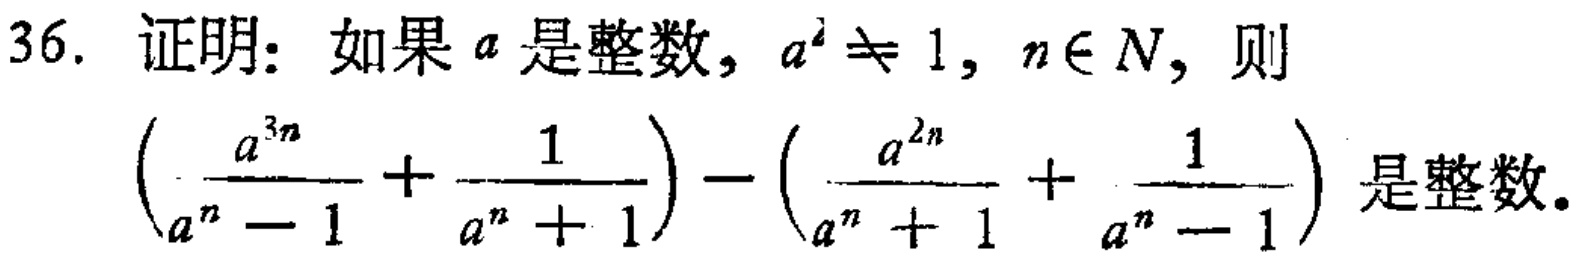
36. 证明：如果 \(a\) 是整数，\(a^{2} \neq 1\)，\(n \in N\)，则

\(\left(\frac{a^{3n}}{a^{n}-1}+\frac{1}{a^{n}+1}\right)-\left(\frac{a^{2n}}{a^{n}+1}+\frac{1}{a^{n}-1}\right)\) 是整数。